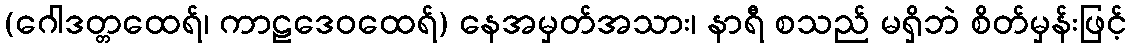
(ဂေါဒတ္တထေရ်၊ ကာဠဒေဝထေရ်) နေအမှတ်အသား၊ နာရီ စသည် မရှိဘဲ စိတ်မှန်းဖြင့်